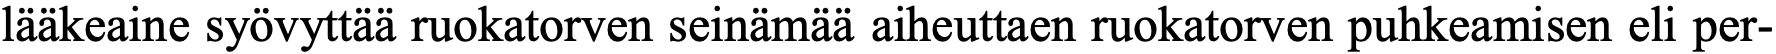
lääkeaine syövyttää ruokatorven seinämää aiheuttaen ruokatorven puhkeamisen eli per-